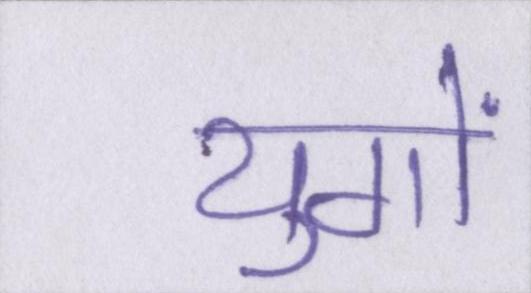
युगों